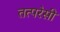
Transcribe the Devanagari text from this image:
तत्परेसी